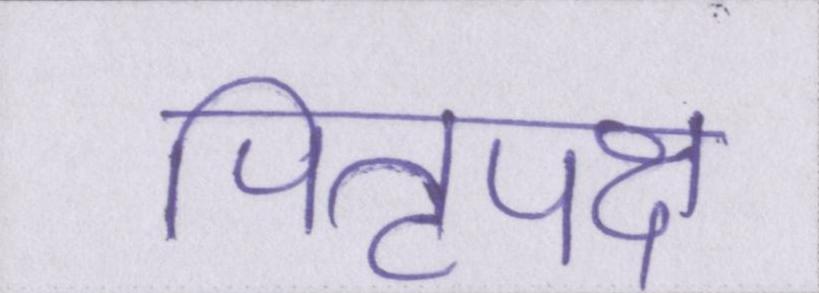
पितृपक्ष